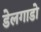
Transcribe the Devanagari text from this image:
डेलगाडो